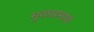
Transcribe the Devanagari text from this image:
मुळाप्रमाणे